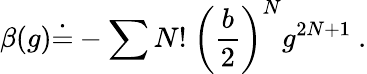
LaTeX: \beta(g)\dot{=}-\sum N!~\biggl({\frac{b}{2}}\biggr)^{N}g^{2N+1}~.